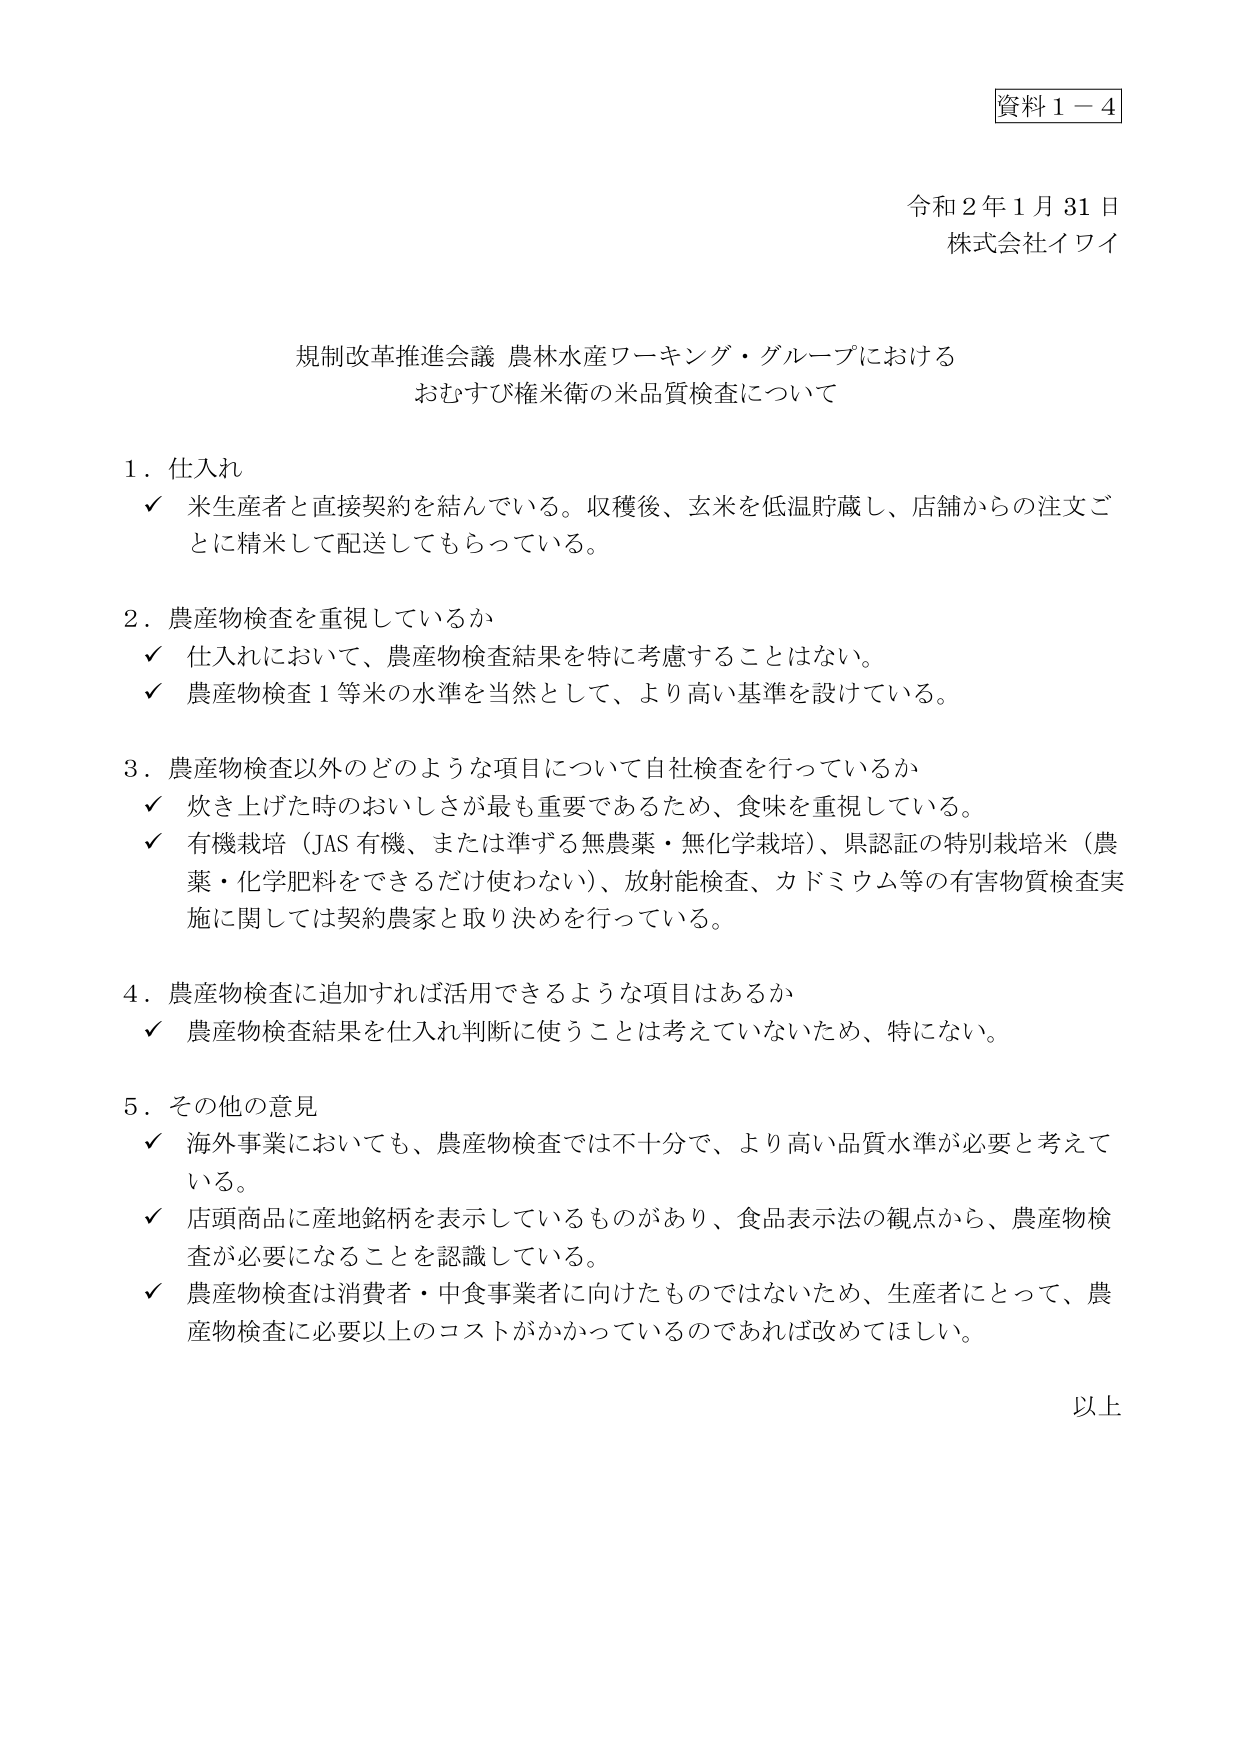
資料１－４

令和２年１月31日
株式会社イワイ

規制改革推進会議 農林水産ワーキング・グループにおける
おむすび権米衛の米品質検査について

１．仕入れ
✓ 米生産者と直接契約を結んでいる。収穫後、玄米を低温貯蔵し、店舗からの注文ごとに精米して配送してもらっている。

２．農産物検査を重視しているか
✓ 仕入れにおいて、農産物検査結果を特に考慮することはない。
✓ 農産物検査１等米の水準を当然として、より高い基準を設けている。

３．農産物検査以外のどのような項目について自社検査を行っているか
✓ 炊き上げた時のおいしさが最も重要であるため、食味を重視している。
✓ 有機栽培（JAS 有機、または準ずる無農薬・無化学栽培）、県認証の特別栽培米（農薬・化学肥料をできるだけ使わない）、放射能検査、カドミウム等の有害物質検査実施に関しては契約農家と取り決めを行っている。

４．農産物検査に追加すれば活用できるような項目はあるか
✓ 農産物検査結果を仕入れ判断に使うことは考えていないため、特にない。

５．その他の意見
✓ 海外事業においても、農産物検査では不十分で、より高い品質水準が必要と考えている。
✓ 店頭商品に産地銘柄を表示しているものがあり、食品表示法の観点から、農産物検査が必要になることを認識している。
✓ 農産物検査は消費者・中食事業者に向けたものではないため、生産者にとって、農産物検査に必要以上のコストがかかっているのであれば改めてほしい。

以上